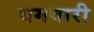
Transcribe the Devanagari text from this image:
बगवारी